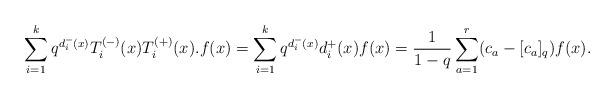
LaTeX: \begin{align*}\sum_{i=1}^{k}q^{d_{i}^{-}(x)}T_{i}^{(-)}(x)T_{i}^{(+)}(x).f(x)=\sum_{i=1}^{k} q^{d_{i}^{-}(x)}d_{i}^{+}(x)f(x)=\frac{1}{1-q}\sum_{a=1}^{r}(c_{a}-[c_{a}]_{q})f(x). \end{align*}